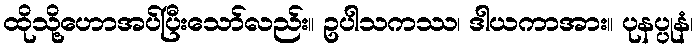
ထိုသို့ဟောအပ်ပြီးသော်လည်း။ ဥပါသကဿ၊ ဒါယကာအား။ ပုနပ္ပုနံ၊